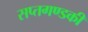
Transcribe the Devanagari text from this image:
सप्तगण्डकी